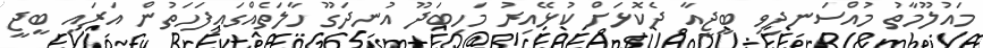
މައުލޫމާތު މުއްސަނދިވި ބީޖީއާ ދެކޮޅަށް ކުޅޭއިރު މަހިބަދޫ އުނދަގޫ ހާލަތެއްގައިފަހަތުން އަރައި ބީޖީ